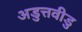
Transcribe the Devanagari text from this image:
अडुत्तवीडु